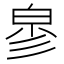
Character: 㣎